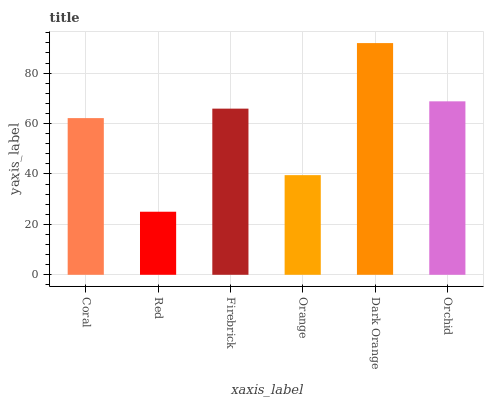
| xaxis_label | bars |
 | --- | --- |
 | Coral | 62.2 |
 | Red | 25 |
 | Firebrick | 65.9 |
 | Orange | 39.5 |
 | Dark Orange | 91.9 |
 | Orchid | 68.8 |